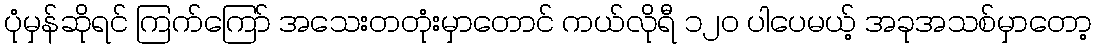
ပုံမှန်ဆိုရင် ကြက်ကြော် အသေးတတုံးမှာတောင် ကယ်လိုရီ ၁၂၀ ပါပေမယ့် အခုအသစ်မှာတော့